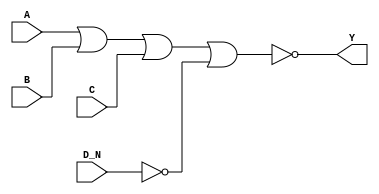
module sky130_fd_sc_hd__nor4b_7 (
    Y  ,
    A  ,
    B  ,
    C  ,
    D_N
);
    output Y  ;
    input  A  ;
    input  B  ;
    input  C  ;
    input  D_N;
    wire not0_out  ;
    wire nor0_out_Y;
    not not0 (not0_out  , D_N              );
    nor nor0 (nor0_out_Y, A, B, C, not0_out);
    buf buf0 (Y         , nor0_out_Y       );
endmodule